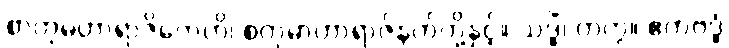
စာတုမဟာရာဇိကေဟိ၊ စတုမာဟာရာဇ်နတ်တို့နှင့်။ သဒ္ဓိံ၊ တကွ။ ဧကဗဒ္ဓံ